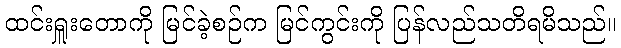
ထင်းရှူးတောကို မြင်ခဲ့စဉ်က မြင်ကွင်းကို ပြန်လည်သတိရမိသည်။